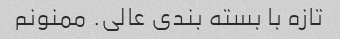
تازه با بسته بندی عالی. ممنونم